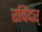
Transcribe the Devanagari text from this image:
रविंदर्